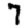
Digit: 7